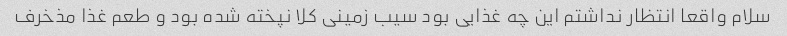
سلام واقعا انتظار نداشتم این چه غذایی بود سیب زمینی کلا نپخته شده بود و طعم غذا مذخرف